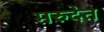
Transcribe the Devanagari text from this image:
मरुदेत